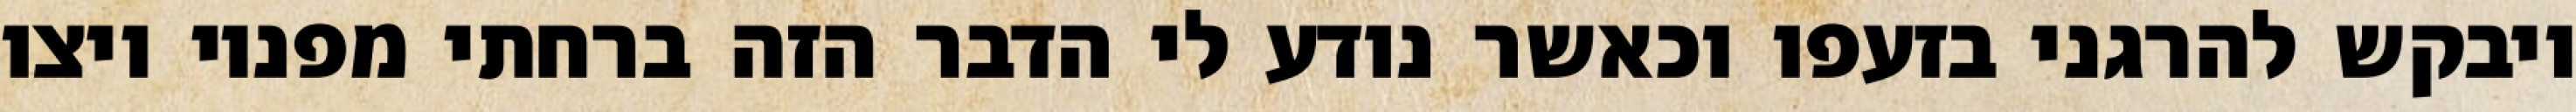
ויבקש להרגני בזעפו וכאשר נודע לי הדבר הזה ברחתי מפניו ויצו